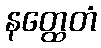
နတ္ထေတံ